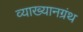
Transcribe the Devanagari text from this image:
व्याख्यानग्रंथ